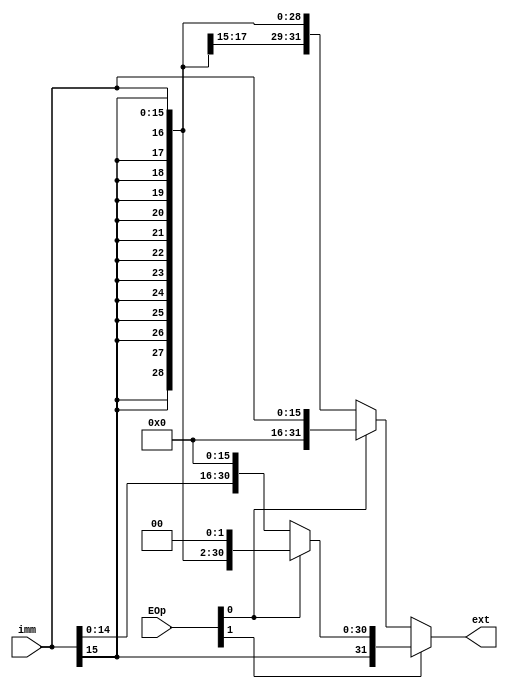
`timescale 1ns / 1ps
//////////////////////////////////////////////////////////////////////////////////
// Company: 
// Engineer: 
// 
// Design Name: 
// Module Name:    ext 
// Project Name: 
// Target Devices: 
// Tool versions: 
// Description: 
//
// Dependencies: 
//
// Revision: 
// Revision 0.01 - File Created
// Additional Comments: 
//
//////////////////////////////////////////////////////////////////////////////////
module ext(
    input [15:0] imm,
    input [1:0] EOp,
    output [31:0] ext
    );

wire [31:0]symbol_ext = { {16{imm[15]}} ,imm[15:0]};
wire [31:0]zero_ext = {16'b00000000_00000000,imm[15:0]};
wire [31:0]hi_ext = {imm[15:0],16'b00000000_00000000};
wire [31:0]sym_left_ext = symbol_ext << 2'b10;

assign ext = EOp[1] ? ( EOp[0] ? sym_left_ext : hi_ext )
						  : ( EOp[0] ? zero_ext : symbol_ext );

endmodule